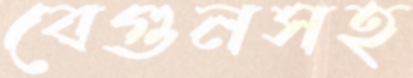
বেগুনসহ